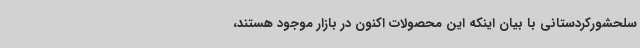
سلحشورکردستانی با بیان اینکه این محصولات اکنون در بازار موجود هستند،